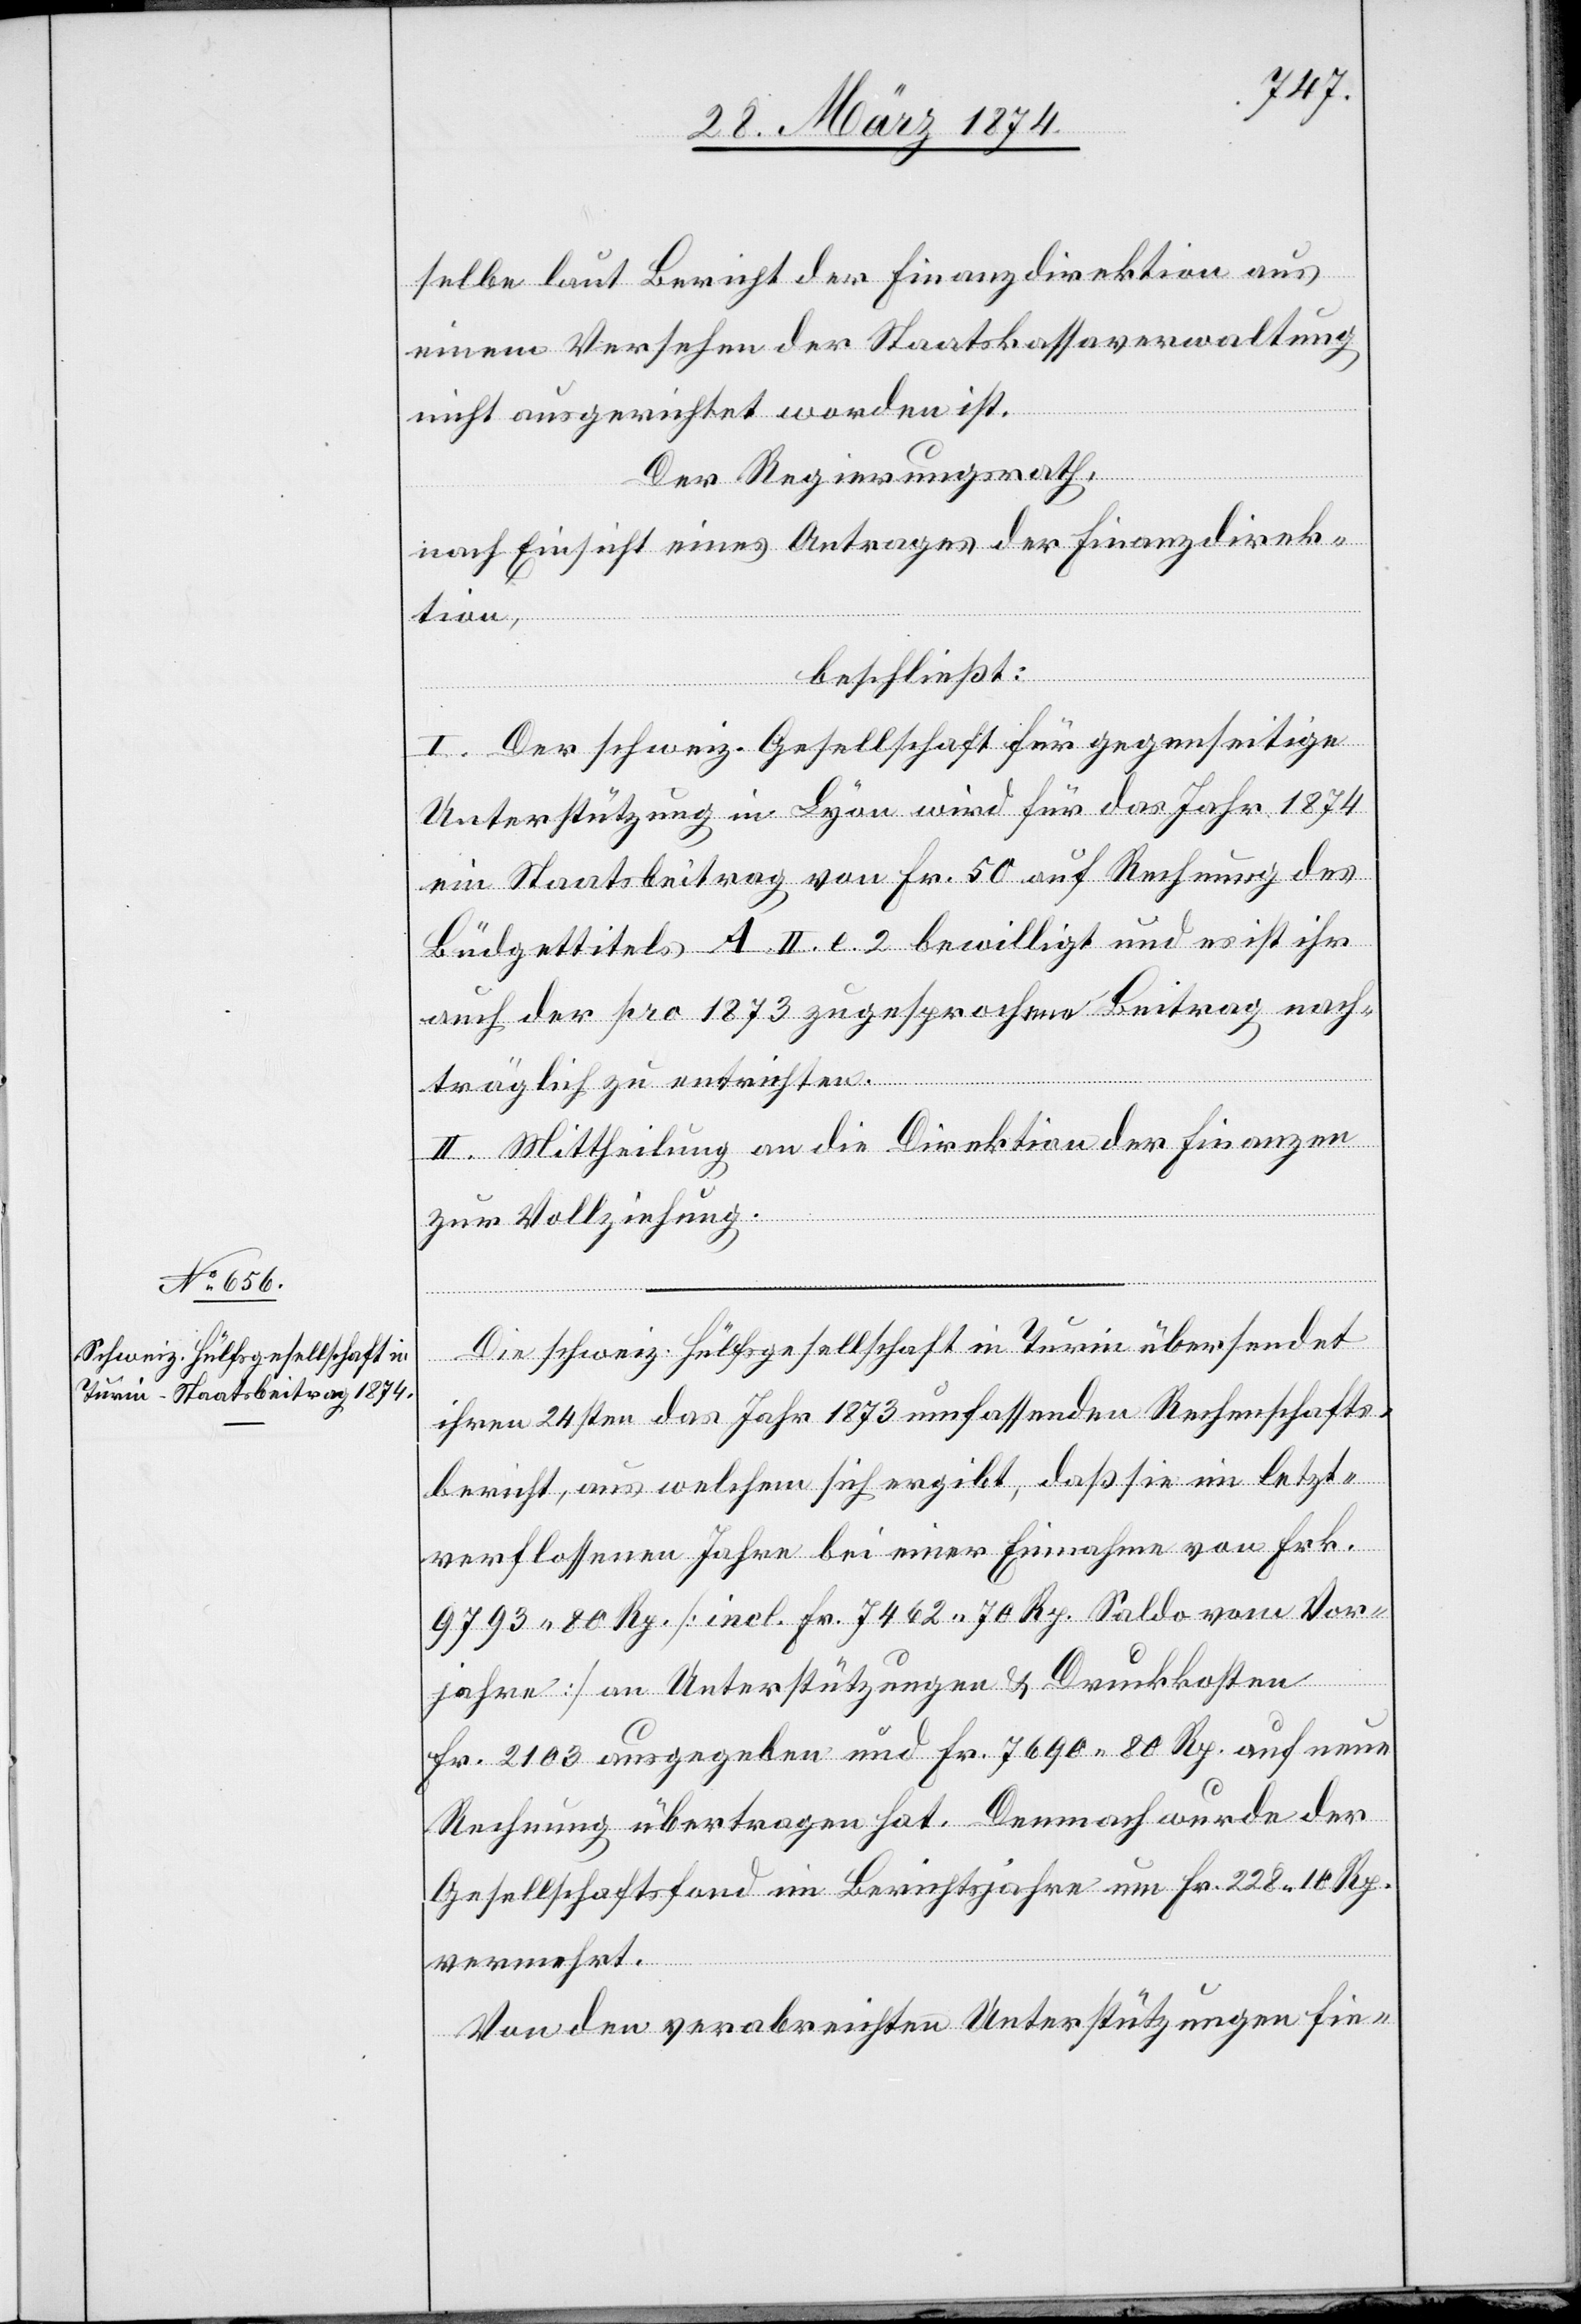
selbe laut Bericht der Finanzdirektion aus
einem Versehen der Staatskassaverwaltung
nicht ausgerichtet worden ist.
Der Regierungsrath,
nach Einsicht eines Antrages der Finanzdirek¬
tion,
beschließt:
I. Der schweiz. Gesellschaft für gegenseitige
Unterstützung in Lyon wird für das Jahr 1874
ein Staatsbeitrag von Fr. 50 auf Rechnung des
Büdgettitels A II. e. 2 bewilligt und es ist ihr
auch der pro 1873 zugesprochene Beitrag nach¬
träglich zu entrichten.
II. Mittheilung an die Direktion der Finanzen
zur Vollziehung.
Die schweiz. Hülfsgesellschaft in Turin übersendet
ihren 24[-]sten das Jahr 1873 umfassenden Rechenschafts¬
bericht, aus welchem sich ergibt, daß sie in letzt¬
verflossenen Jahren bei einer Einnahme von Frk.
9793.80 Rp. [incl. Fr. 7462.70 Rp. Saldo vom Vor¬
jahre] an Unterstützungen u. Druckkosten
Fr. 2103 ausgegeben und Fr. 7690.80 Rp. auf neue
Rechnung übertragen hat. Demnach wurde der
Gesellschaftsfond im Berichtsjahre um Fr. 228.10 Rp.
vermehrt.
Von den verabreichten Unterstützungen fie-